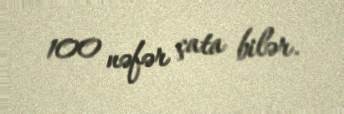
100 nəfər çata bilər.